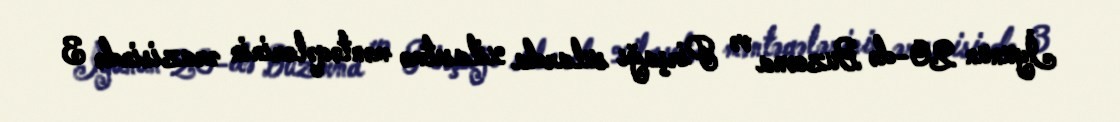
İyunun 20-də Buzovna və Pirşağı sularda xilasetmə məntəqələrinin ərazisində 3